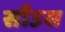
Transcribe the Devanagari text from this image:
सौउस